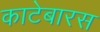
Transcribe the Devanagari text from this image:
काटेबारस